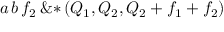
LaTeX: { a } \, { b } \, { { f } _ { 2 } } \, \mathrm { \& * } \left( \! \, { { Q } _ { 1 } } , { { Q } _ { 2 } } , { { Q } _ { 2 } } + { { f } _ { 1 } } + { { f } _ { 2 } } \, \! \right)